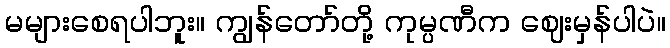
မများစေရပါဘူး။ ကျွန်တော်တို့ ကုမ္ပဏီက ဈေးမှန်ပါပဲ။